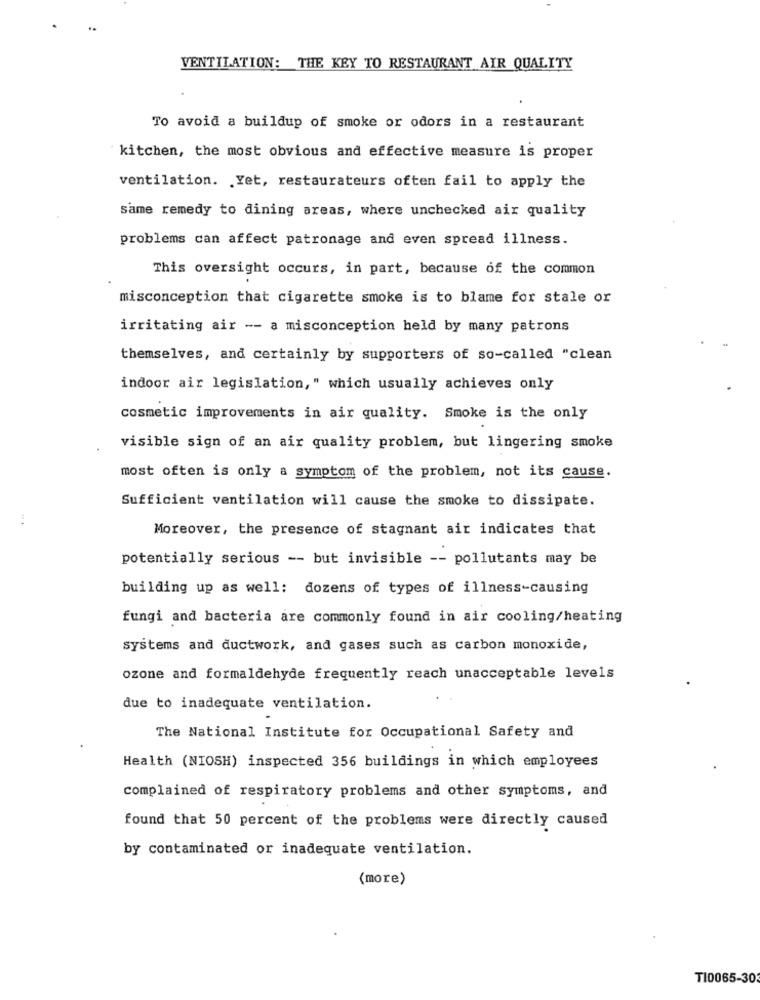
..
VENTILATION: THE KEY TO RESTAURANT AIR QUALITY
To avoid a buildup of smoke or odors in a restaurant
kitchen, the most obvious and effective measure is proper
ventilation. Yet, restaurateurs often fail to apply the
same remedy to dining areas, where unchecked air quality
problems can affect patronage and even spread illness.
This oversight occurs, in part, because of the common
misconception that cigarette smoke is to blame for stale or
irritating air -- a misconception held by many patrons
themselves, and certainly by supporters of so-called "clean
indoor air legislation," which usually achieves only
cosmetic improvements in air quality. Smoke is the only
visible sign of an air quality problem, but lingering smoke
most often is only a symptom of the problem, not its cause.
Sufficient ventilation will cause the smoke to dissipate.
Moreover, the presence of stagnant air indicates that
potentially serious -- but invisible -- pollutants may be
building up as well: dozens of types of illness-causing
fungi and bacteria are commonly found in air cooling/heating
systems and ductwork, and gases such as carbon monoxide,
ozone and formaldehyde frequently reach unacceptable levels
due to inadequate ventilation.
The National Institute for Occupational Safety and
Health (NIOSH) inspected 356 buildings in which employees
complained of respiratory problems and other symptoms, and
found that 50 percent of the problems were directly caused
by contaminated or inadequate ventilation.
(more)
T10065-30